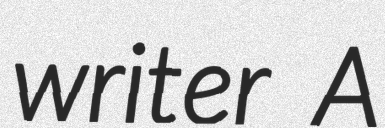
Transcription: writer A